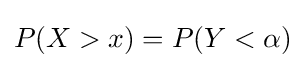
P(X>x)=P(Y<\alpha )